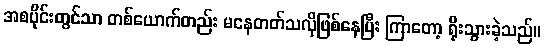
အစပိုင်းတွင်သာ တစ်ယောက်တည်း မနေတတ်သလိုဖြစ်နေပြီး ကြာတော့ ရိုးသွားခဲ့သည်။